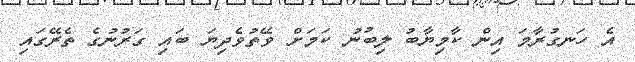
އެ ހަނގުރާމަ އިން ކާމިޔާބު ލިބުނު ކަމަށް ވޭތުވެދިޔަ ބައި ގަރުނުގެ ތެރޭގައި